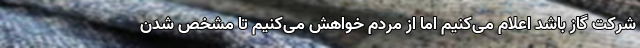
شرکت گاز باشد اعلام می‌کنیم اما از مردم خواهش می‌کنیم تا مشخص شدن